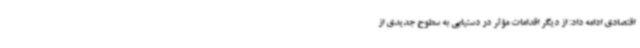
اقتصادی ادامه داد: از دیگر اقدامات مؤثر در دستیابی به سطوح جدیدی از